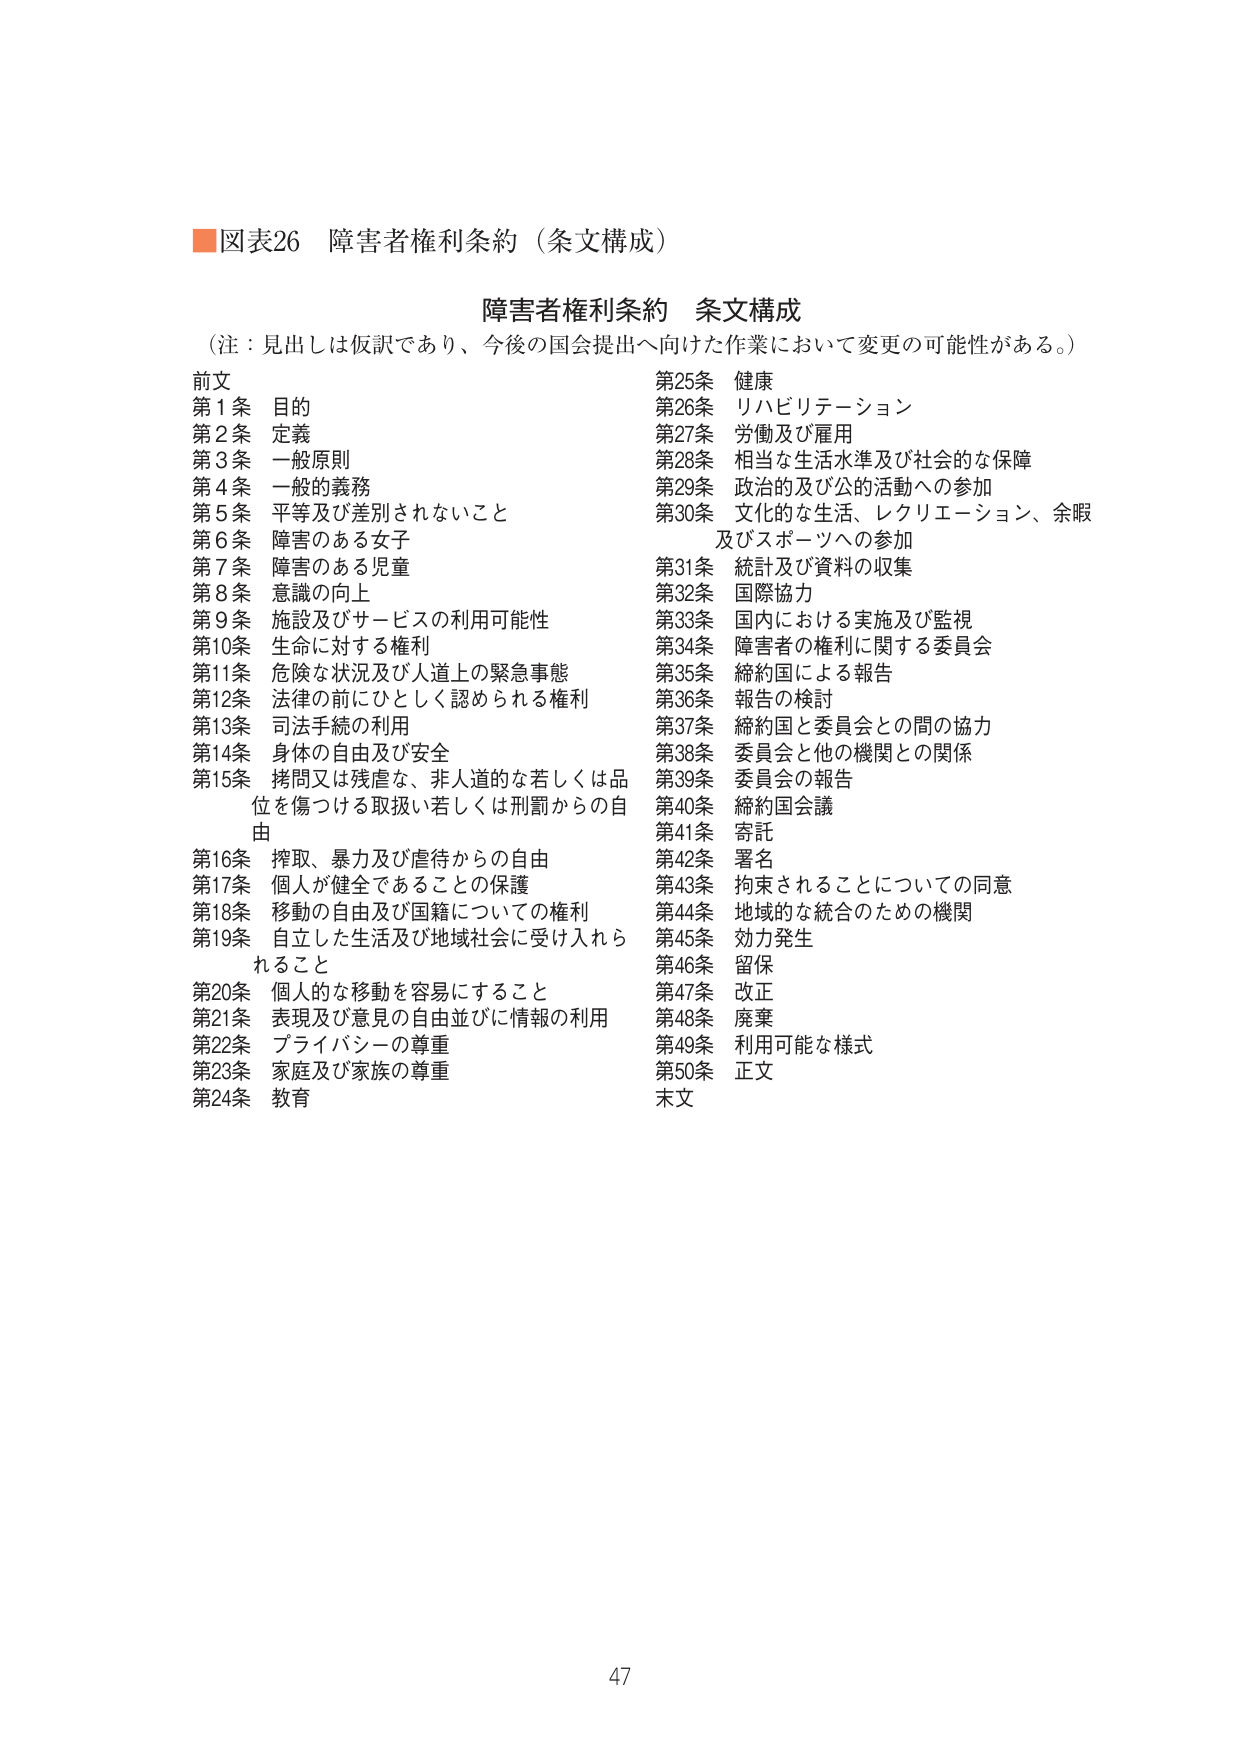
■図表26 障害者権利条約（条文構成）

障害者権利条約 条文構成
（注：見出しは仮訳であり、今後の国会提出へ向けた作業において変更の可能性がある。）

前文
第1条 目的
第2条 定義
第3条 一般原則
第4条 一般的義務
第5条 平等及び差別されないこと
第6条 障害のある女子
第7条 障害のある児童
第8条 意識の向上
第9条 施設及びサービスの利用可能性
第10条 生命に対する権利
第11条 危険な状況及び人道上の緊急事態
第12条 法律の前にひとしく認められる権利
第13条 司法手続の利用
第14条 身体の自由及び安全
第15条 拷問又は残虐な、非人道的な若しくは品位を傷つける取扱い若しくは刑罰からの自由
第16条 搾取、暴力及び虐待からの自由
第17条 個人が健全であることの保護
第18条 移動の自由及び国籍についての権利
第19条 自立した生活及び地域社会に受け入れられること
第20条 個人的な移動を容易にすること
第21条 表現及び意見の自由並びに情報の利用
第22条 プライバシーの尊重
第23条 家庭及び家族の尊重
第24条 教育

第25条 健康
第26条 リハビリテーション
第27条 労働及び雇用
第28条 相当な生活水準及び社会的な保障
第29条 政治的及び公的活動への参加
第30条 文化的な生活、レクリエーション、余暇及びスポーツへの参加
第31条 統計及び資料の収集
第32条 国際協力
第33条 国内における実施及び監視
第34条 障害者の権利に関する委員会
第35条 締約国による報告
第36条 報告の検討
第37条 締約国と委員会との間の協力
第38条 委員会と他の機関との関係
第39条 委員会の報告
第40条 締約国会議
第41条 寄託
第42条 署名
第43条 拘束されることについての同意
第44条 地域的な統合のための機関
第45条 効力発生
第46条 留保
第47条 改正
第48条 廃棄
第49条 利用可能な様式
第50条 正文
末文

47